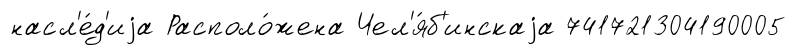
насл'е́д'иjа Располо́жена Чел'я́б'инскаjа 741721304190005